Vaccination in Bombay 1889-1901 - 1889-1901
Year: 1889
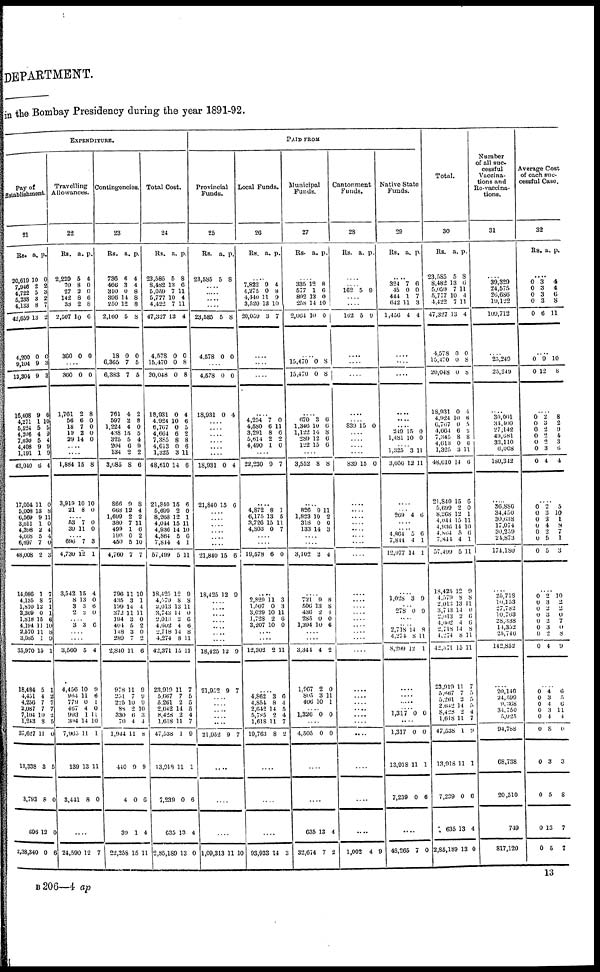
DEPARTMENT.
in the Bombay Presidency during the year 1891-92.
EXPENDITURE.
Pay of
Establishment.
21
Rs.
20,019
7,946
4,722
5,238
4,133
42,659
4,200
9,104
13,304
16,408
4,271
5,524
4,206
7,030
4,408
1,191
43,040
17,054
5,008
6,569
3,611
4,398
4,668
6,697
48,008
14,086
4,135
1,810 3,369
1,818
4,194
2,570
3,986
35,970
18,484
4,451
4,256 2,087
7,104
1,243
37,627
13,338
3,793
596
2,38,340
a.
10
2
5
3
8
13
0
9
9
9
1
5
4
5
9 1
8
11
13
9
1
2
5
7
2
1
8
12 0
15
11
11
1
15
5
4
7
7 10
3
11
3
8
12
0
p.
0
2
3
2
7
2
0
3
3
6
10
5
9
4
9 9
4
0
8
11
0
4
4
0
3
7
7 1
1
6
10
8
9
1
1
2
7
7
2
5
0
5
0
0
6
Travelling
Allowances.
22
Rs.
2,220
70
27
142
38
2,507
360
a.
5
8
2
8
2
10
0
p.
4
0
0
6
8
6
0
....
360
1,761
56
18 19
29
0
2
6
7 2
14
0
8
0
0 0
0
....
....
1,884
3,919
21
15
10
8
8
10
0
....
53
39
7
11
0
0
....
696
4,730
3,542
8
3 2
7
12
15
13
3 2
3
1
4
0
6 0
....
3 3 6
....
....
3,560
4,456
964
779
467
993
304
7,963
139
3,411
5
10
11
0 4
1
14
11
13
8
4
9
6
1
0
11
10
1
11
0
....
24,590 12 7
Contingencies.
23
Rs.
736
466
310
396
250
2,160
18
6,365
6,383
761
597
1,224 438
325
204 134
3,685
866
668
1,699
380
499
196
450
4,760
796
435
199
372
194
401
148
289
2,840
978
251
225
88
330
70
1,944
440
1
39
22,258
a.
6
3
0
14
12
5
0
7
7
4
2
4
15
5
6 2
8
9
12
2 7
1
0
5
7
11
3
14
11
3
5 3
7
11
11
7
10
2
6
4
11
9
0
1
15
p.
4
4
8
8
8
8
0
5
5
2
8
0
5
4
9 2
6
8
4
2
11
6
2
10
7
10
1
4
11
0
2
0
2
6
9
9
9
10
3
4
8
9
6
4
11
Total Cost.
24
Rs.
23,585
8,482
5,059
5,777
4,422
47,327
4,578
15,470
20,048
18,931
4,924
6,767
4,664
7,385
4,613
1,325
48,610
21,840
5,699
8,268
4,044
4,936
4,864
7,814
57,499
18,425
4,579
2,013
3,743
2,013
4,602
2,718
4,274
42,371
23,919
5,667
5,261
2,642
8,428
1,618
47,538
13,018
7,239
635
2,85,189
a.
5
13
7
10
7
13
0
0
0
0
10
0
6
8
0
3
14
15
2
12
15
14
5
4
5
12
8
13
14
2
4
14
8
15
11
7
2
14
2
11
1
11
0
13
13
p.
8
6
11
4
11
4
0
8
8
4
6
5
2
8
6
11
6
6
0
1
11
10
6
1
11
9
8
11
0
6
6
8
11
11
7
5
5
5
4
7
9
1
6
4
0
PAID FROM
Provincial
Funds.
25
Rs.
23,585
a.
5
p.
8
....
....
....
....
23,585
4,578
5
0
8
0
....
4,578
18,931
0
0
0
4
....
....
....
....
....
....
18,931
21,840
0
15
4
6
....
....
....
....
....
....
21,840
18,425
15
12
6
9
....
....
....
....
..
..
....
18,425
21,952
12
9
9
7
....
....
....
....
....
21,952 9 7
....
....
....
1,09,31 11 10
Local Funds.
26
Rs. a. p.
....
7,822
4,275
4,440
3,520
20,059
9
0
11
13
3
4
8
9
10
7
....
....
....
....
4,254
4,580
3,291
5,614
4,490
7
6
8
2
1
0
11
6
2 0
....
22,230 9 7
....
4,872
6,175
3,726
4,803
8
13
15
0
1
5
11
7
....
....
19,578 6 0
....
2,829
1,507
3,029
1,728
3,207
11
0
10
2
10
3
3
11
6
0
....
....
12,302 2 11
....
4,862
4,854
2,642
6,785
1,618
19,763
3
8
14
2
11
8
6
4
5
4
7
2
....
....
....
93,933 14 3
Municipal
Funds.
27
Rs. a. p.
....
335
577
892
258
2,064
12
1
13
14
10
8
6
0
10
0
....
15,470
15,470
0
0
8
8
....
670
1,346
1,122
289
122
3
10
14
12
15
6
6
8
6
6
....
3,552 8 8
....
826
1,823
318
133
9
10
0
14
11
2
0
3
....
....
3,102 2 4
....
721
506
436
285
1,394
9
13
2
0
10
8
8
4
0
6
....
....
3,344
1,967
805
406
4
2
3
10
2
0
11
1
....
1,326 0 0
....
4,505 0 0
....
....
635
32,674
13
7
4
2
Cantonment
Funds.
28
Rs. a. p.
....
....
162 5 9
....
....
162 5 9
....
....
....
....
....
839 15 0
....
....
....
....
839 15 0
....
....
....
....
....
....
....
....
....
....
....
....
....
....
....
....
....
....
....
....
....
....
....
....
....
....
....
1,002 4 9
Native State
Funds.
29
Rs. a. p.
....
324
45
444
642
1,456
7
0 1
11
4
6
0
7
3
4
....
....
....
....
....
....
249
1,481
15
10
0
0
....
1,325
3,056
3
12
11
11
....
....
269 4 6
....
....
4,864
7,814
12,977
5
4
14
6
1
1
....
1,028 3 9
....
278 0 9
....
....
2,718
4,274
8,299
14
8
12
2
11
1
....
....
....
1,317 0 0
....
1,317
13,918
7,239
0
11
0
0
1
6
....
48,265 7 0
Total.
30
Rs.
23,585
8,482
5,059
5,777
4,422
47,327
4,578
15,470
20,048
18,931
4,924
6,767
4,664
7,345
4,613
1,325
18,610
21,840
5,699
8,268
4,044
4,936
4,864
7,844
57,499
18,425
4,579
2,013
3,743
2,013
4,602
2,718
4,274
42,371
23,919
5,667
5,261
2,642
8,428
1,618
47,538
13,918
7,239
635
2,85,189
a.
5
13
7
10
7
13
0
0
0
0
10
0
6
8
0
3
14
15
2
12
15
14
5
4
5
12
8
13
14
2 4
14
8
10
11
7
2 14
2
11
1
11
0
13
13
p.
8
6
11
4
11
4
0
8
8
4
6
5
2
8
6
11
6
6
0
1
11
10
6
1
11
9
8
11
0
6
6
8
11
11
7
5
5
5 4
7
9
1
6
4
0
Number
of all suc-
cessful
Vaccina-
tions and
Re-vaccina-
tions.
31
....
39,329
24,575
26,686
19,122
109,712
....
25,249
25,249
....
30,001
34,400
27,142
49,681 33,110
6,008
180,342
....
36,450 34,450
30,638
17,074
30,259
24,873
174,180
....
25,718
10,153
27,782
10,763
28,338
14,352
25,746 142,852
....
20,146
24,599 9,358
34,750
5,925
94,788
68,738
20,510
749
817,120
Average Cost
of each suc-
cessful Case.
32
Rs. a. p.
....
0
0
0
0
0
3
3
3
3
6
4
4
6
8
11
....
0
0
9
12
10
8
....
0
0
0
0
0 0
0
2 3
2
2
2 3
4
8
2
9
4
3 6
4
....
0
0
0
0
0
0
0
2
3
2
4
2
5
5
5
10
1
8
7
1
3
....
0
0 0
0
0
0
0
0
2
3
2
3
2
3
2
4
10
2 2
0
7
0
8
9
....
0
0 0
0
0
0
0
0
0
0
4
3 4
3
4
8
3
5
13
5
6
5 6
11
4
0
3
8
7
7
B 206—4 ap
13